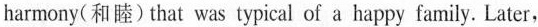
harmony(和睦)that wss typical of a happy family. Later，